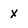
Character: x